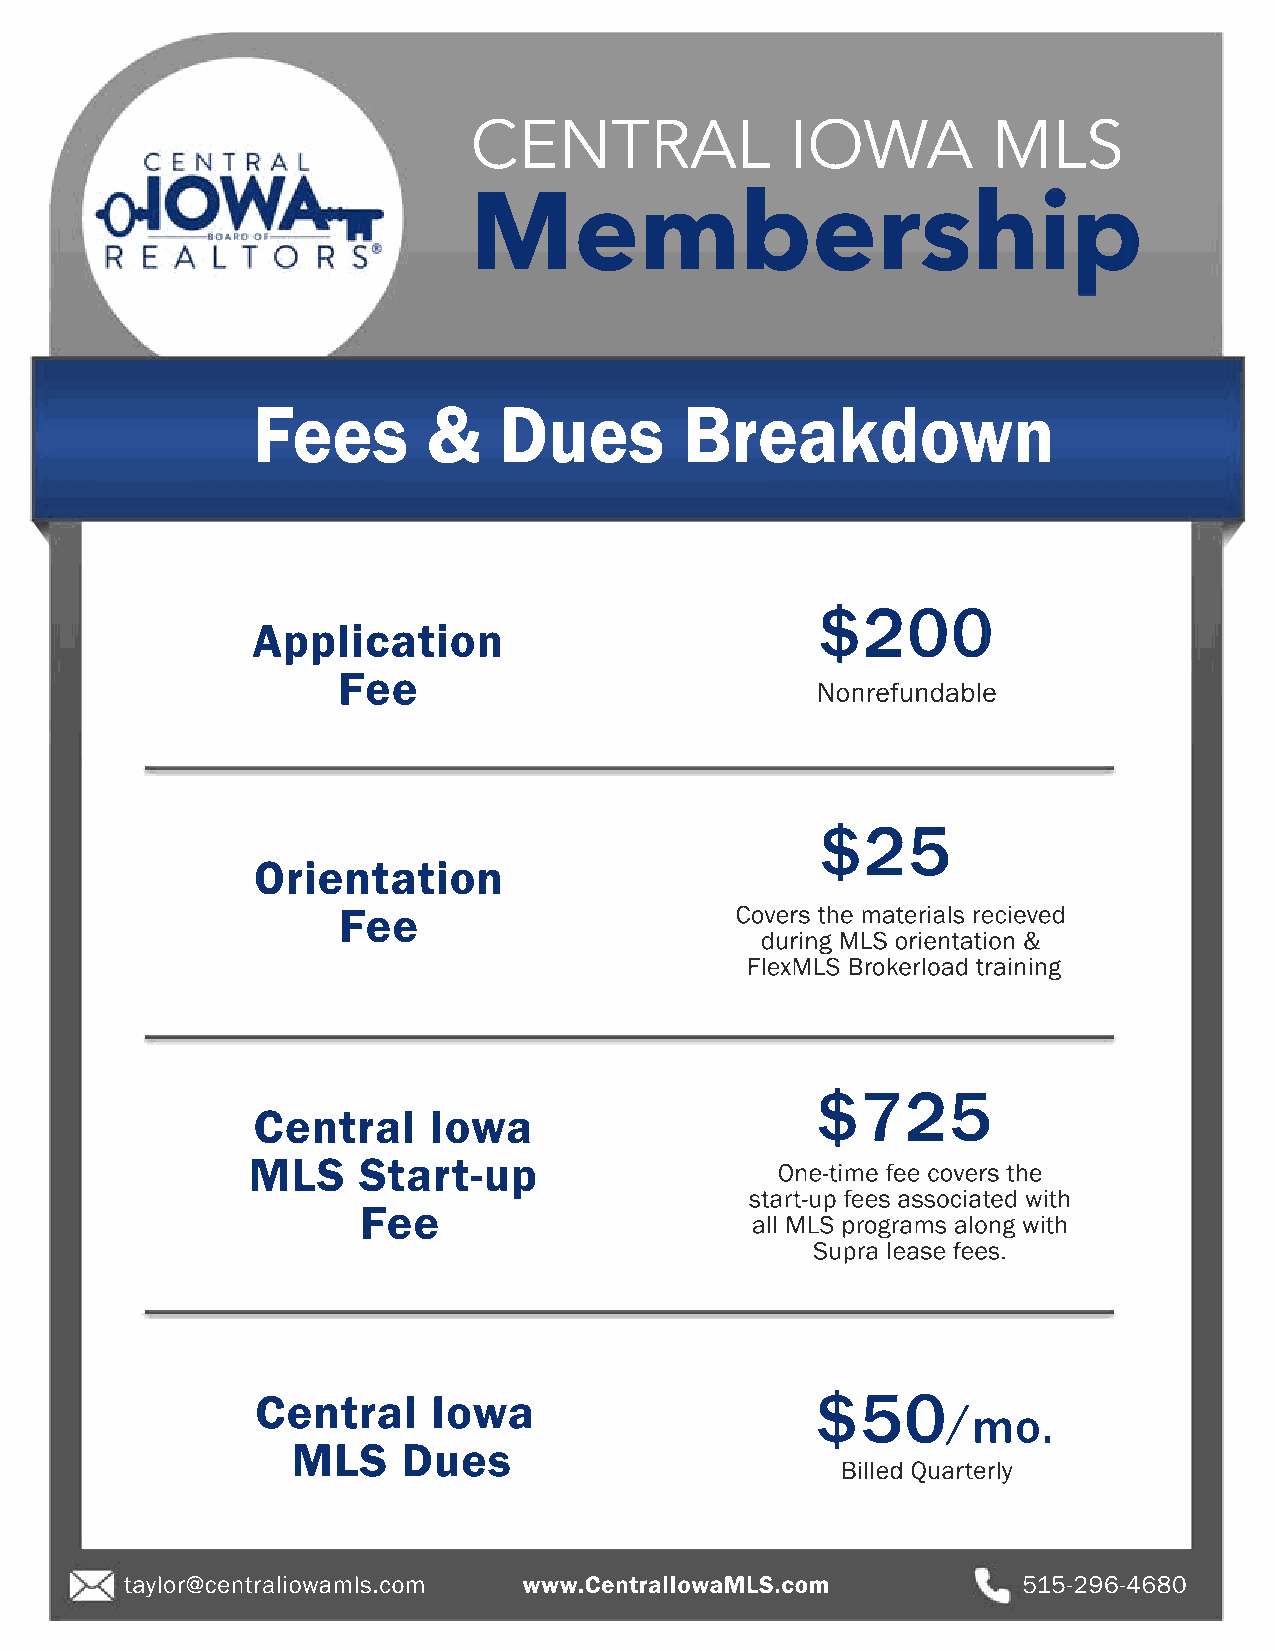
CENTRAL              IOWA          MLS
 Membership
 Fees       &    Dues        Breakdown
 $200
 Application
 Fee
 Nonrefundable
 $25
 Orientation
 Fee                        Covers the materials recieved
 during MLS orientation &
 FlexMLS Brokerload training
 $725
 Central    Iowa
 MLS     Start-up
 One-time fee covers the
 start-up fees associated with
 Fee
 all MLS programs along with
 Supra lease fees.
 Central     Iowa                     $50
 /mo.
 MLS     Dues
 Billed Quarterly
 taylor@centraliowamls.com  www.CentralIowaMLS.com           515-296-4680